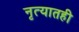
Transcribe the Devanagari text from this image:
नृत्यातही